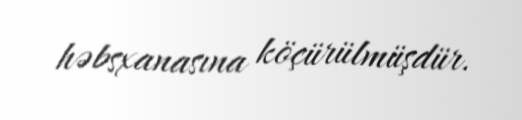
həbsxanasına köçürülmüşdür.